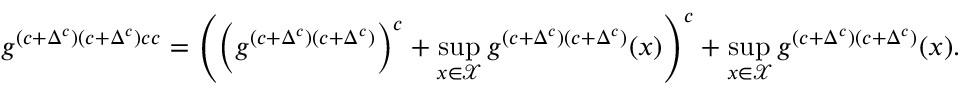
g ^ { ( c + \Delta ^ { c } ) ( c + \Delta ^ { c } ) c c } = \left( \left( g ^ { ( c + \Delta ^ { c } ) ( c + \Delta ^ { c } ) } \right) ^ { c } + \operatorname* { s u p } _ { x \in \mathcal { X } } g ^ { ( c + \Delta ^ { c } ) ( c + \Delta ^ { c } ) } ( x ) \right) ^ { c } + \operatorname* { s u p } _ { x \in \mathcal { X } } g ^ { ( c + \Delta ^ { c } ) ( c + \Delta ^ { c } ) } ( x ) .